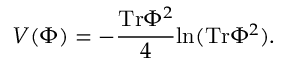
V ( \Phi ) = - { \frac { \mathrm { T r } \Phi ^ { 2 } } { 4 } } \mathrm { l n } ( \mathrm { T r } \Phi ^ { 2 } ) .